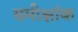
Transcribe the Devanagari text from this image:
समीक्षांक